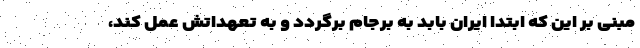
مبنی بر این که ابتدا ایران بابد به برجام برگردد و به تعهداتش عمل کند،